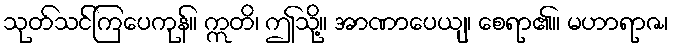
သုတ်သင်ကြပေကုန်။ ဣတိ၊ ဤသို့။ အာဏာပေယျ၊ စေရာ၏။ မဟာရာဇ၊